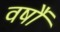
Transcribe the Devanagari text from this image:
वर्षौं